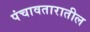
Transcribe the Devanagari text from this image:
पंचावतारातील